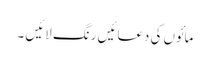
مائوں کی دعائیں رنگ لائیں ۔